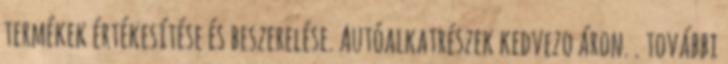
termékek értékesítése és beszerelése. Autóalkatrészek kedvezo áron. . további